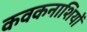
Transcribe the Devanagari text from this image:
कवकनाशियों